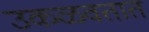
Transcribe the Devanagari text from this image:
उकळवतात